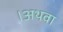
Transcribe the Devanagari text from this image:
।अथवा